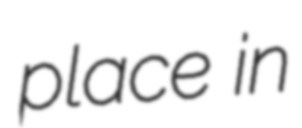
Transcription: place in